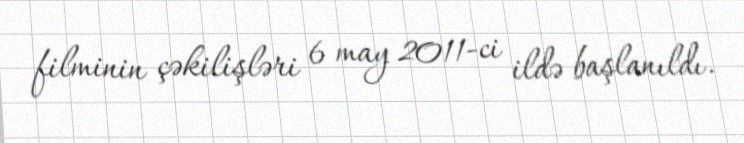
filminin çəkilişləri 6 may 2011-ci ildə başlanıldı.